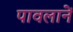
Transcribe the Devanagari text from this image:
पावलानें